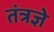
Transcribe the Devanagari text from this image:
तंत्रज्ञे